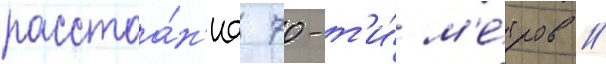
расстоа́н'иа 70-т'и́ м'е́тров //